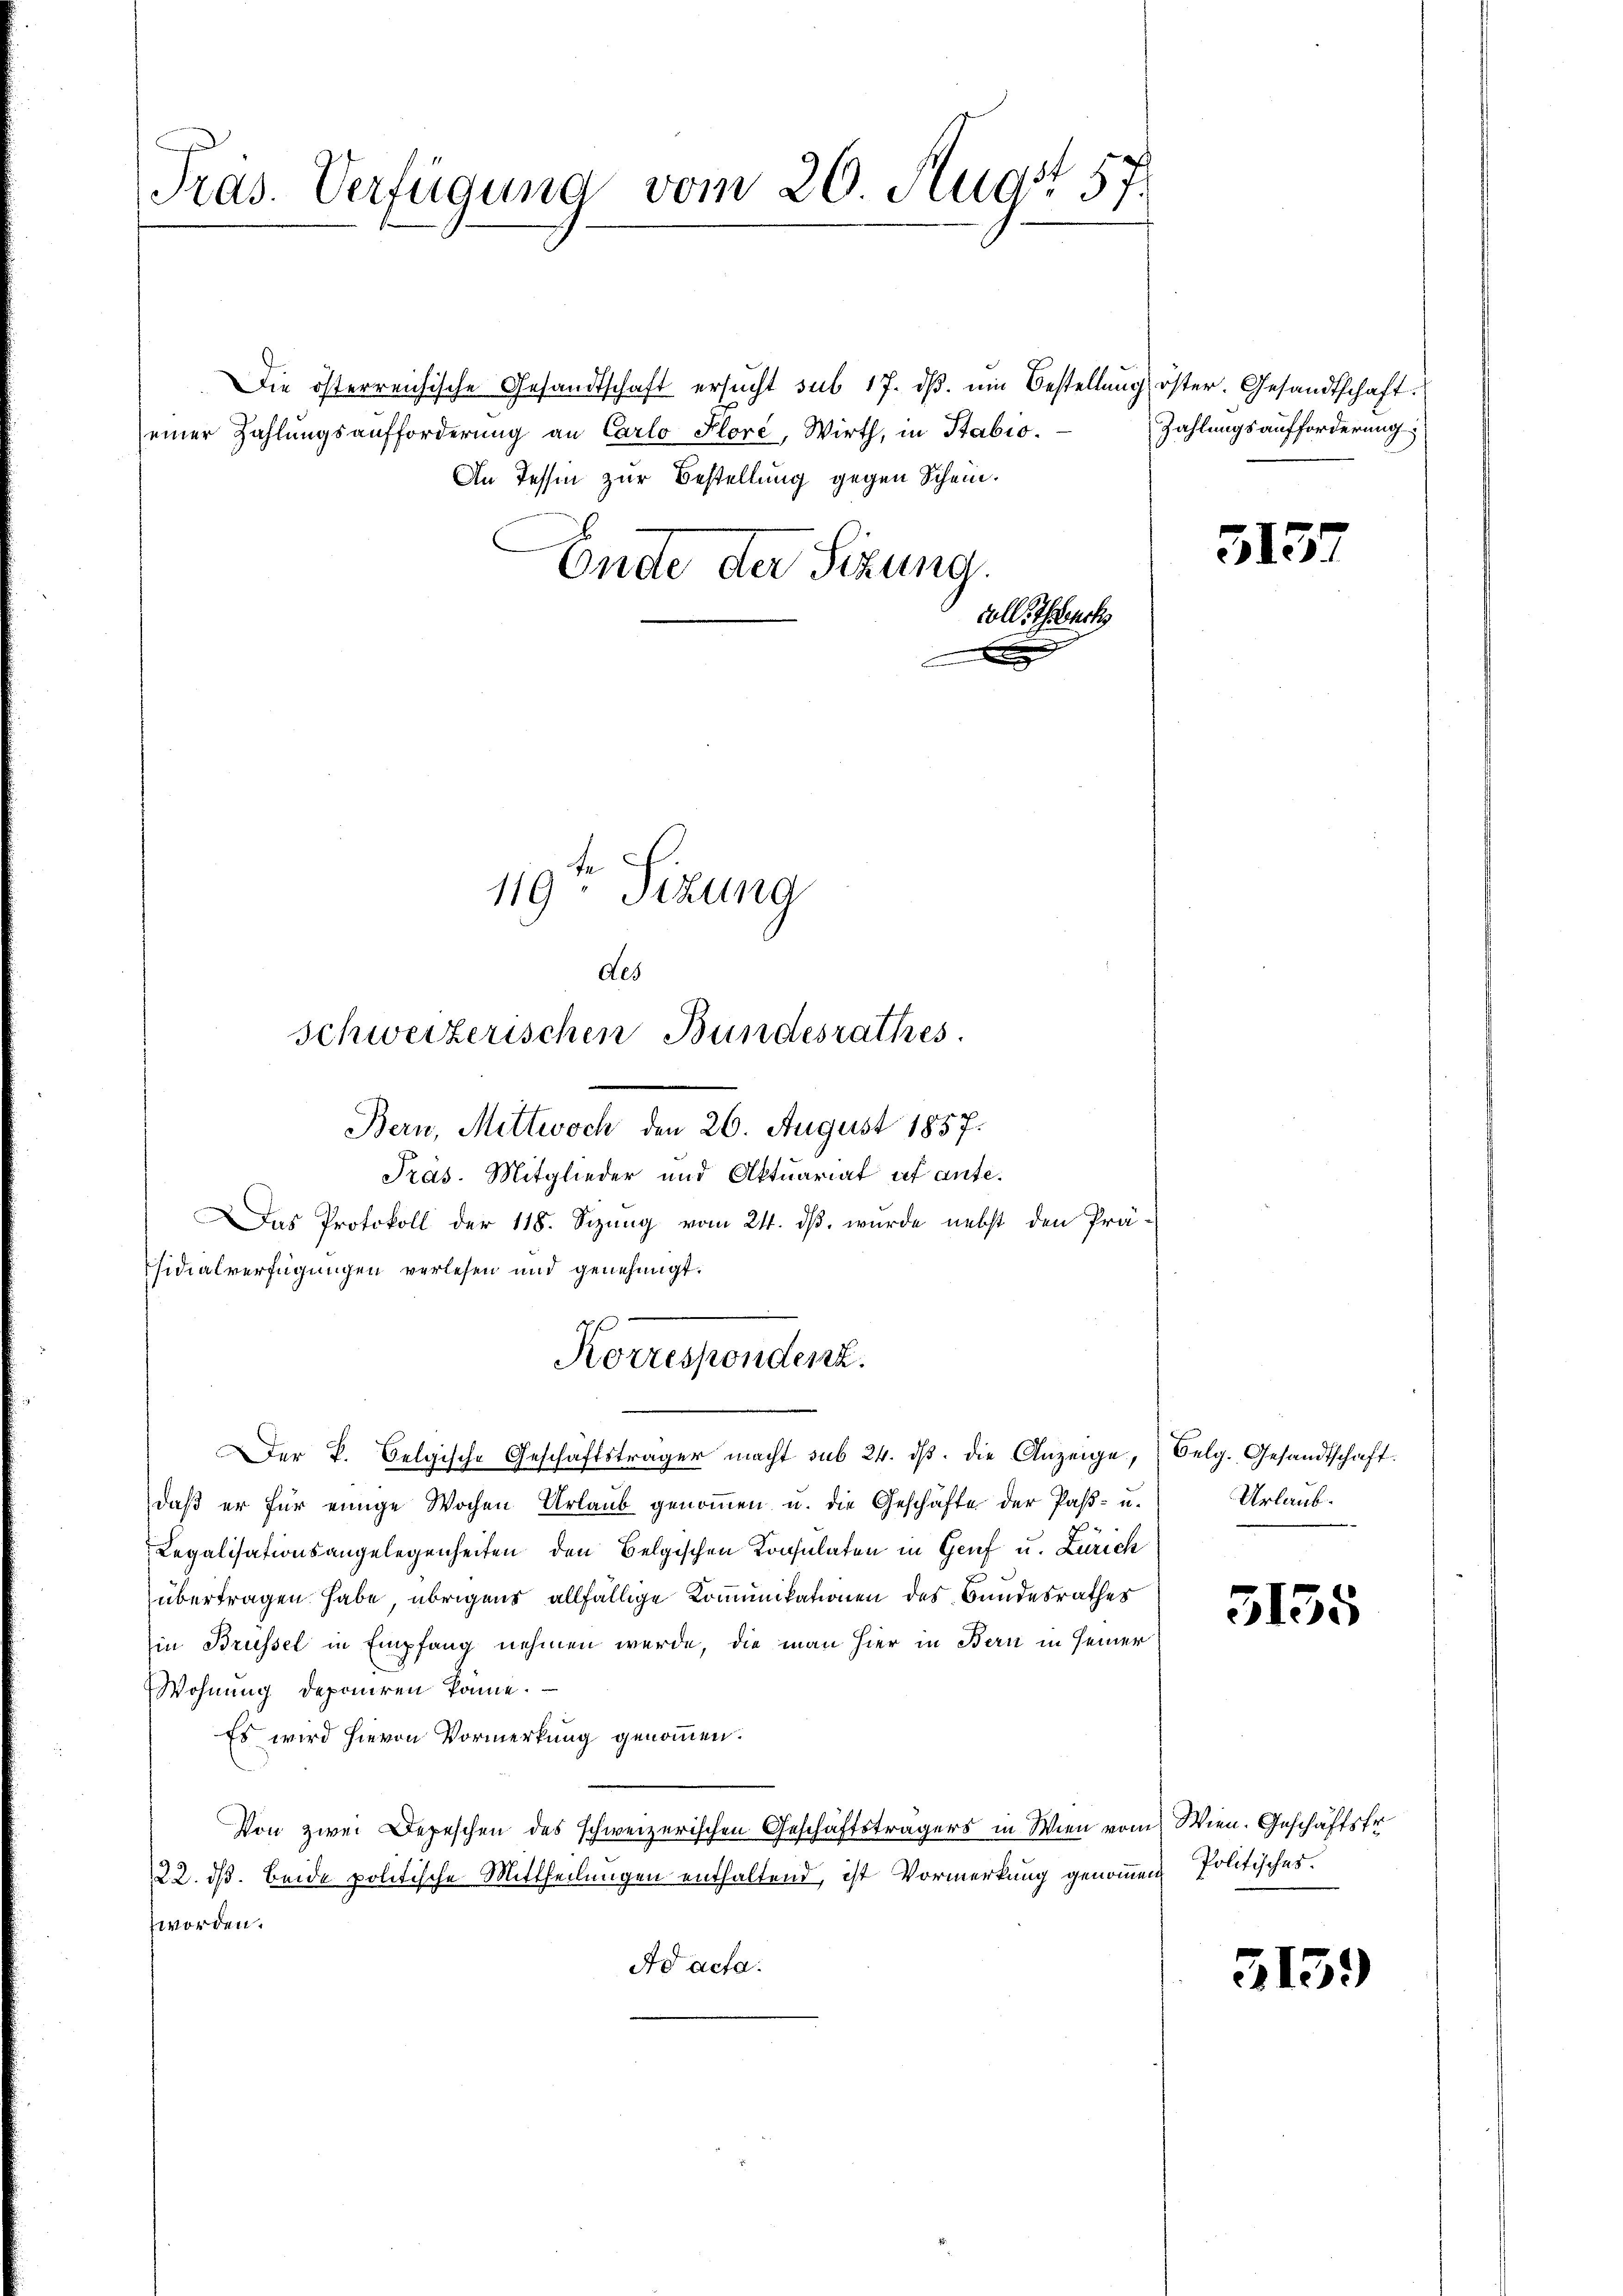
Pras. Verfügung vom 26. Augs 57.

Die österreichische Gesandtschaft ersŭcht sub 17. dβ. ein Bestellung öster. Gesandtschaft.
seiner Zahlungsaufforderung an Carlo Floré, Wirth, in Stabio.
An Tessin zur Bestellung gegen Schein.

Ende der Sitzung.
volle Teuch
F

119ten Sizung
des
schweizerischen Bundesrathes.

Bern, Mittwoch den 26. August 1857.

Präs. Mitglieder und Aktuariat ut ante¬
Das Protokoll der 118. Sizung vom 24. ds. wurde nebst den Prä-
sidialverfügungen verlesen und genehmigt.
daß er für einige Wochen Urlaub genommen u. die Geschäfte der Past- u.
Legalisationsangelegenheiten den Belgischen Konsulaten in Genf u. Zürich
übertragen habe übrigens allfällige Kommunikationen des Bundesrathes
in Brüssel in Empfang nehmen werde, die man hier in Bern in seiner
Wohnung deponiren könne.
Es wird hievon Vormerkung genommen.
Von zwei Depeschen des schweizerischen Geschäftsträgers in Wien vom Wien. Geschäftsfr.
22. dß. beide politische Mittheilungen enthaltend, ist Vormerkung genommen,
worden.
Ad acta.

Korrespondenz.
Der k. Belgische Geschäftsträger macht sub 24. dβ. die Anzeige, Oelg. Gesandtschaft.

Zahlungsaufforderung

51.

3.

Urlaub.

3135

Politisches.

3159